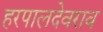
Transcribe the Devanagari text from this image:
हरपालदेवराव